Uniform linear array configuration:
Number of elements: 64
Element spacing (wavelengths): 0.25
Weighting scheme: hann
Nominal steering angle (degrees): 60
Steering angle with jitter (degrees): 58.732
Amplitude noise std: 0.05
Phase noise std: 0.05

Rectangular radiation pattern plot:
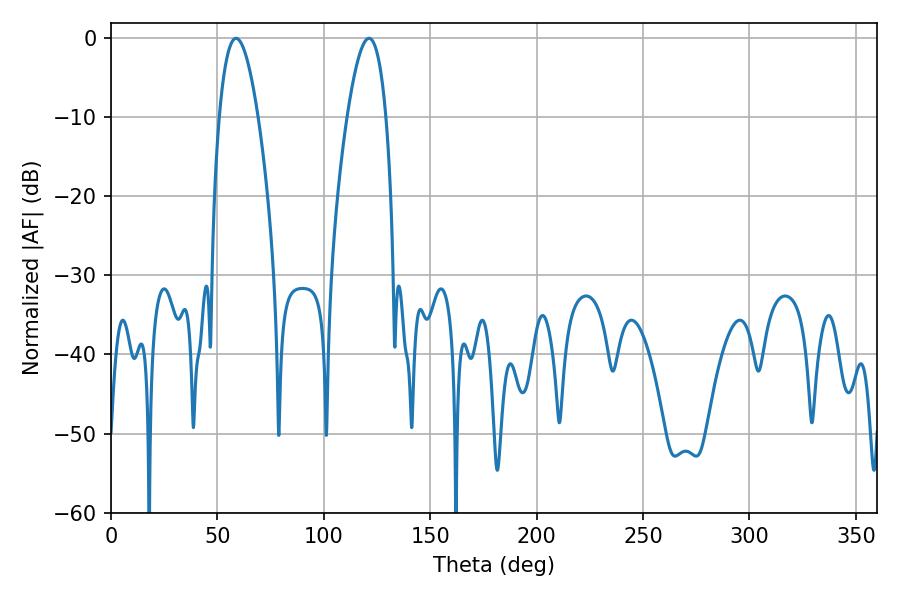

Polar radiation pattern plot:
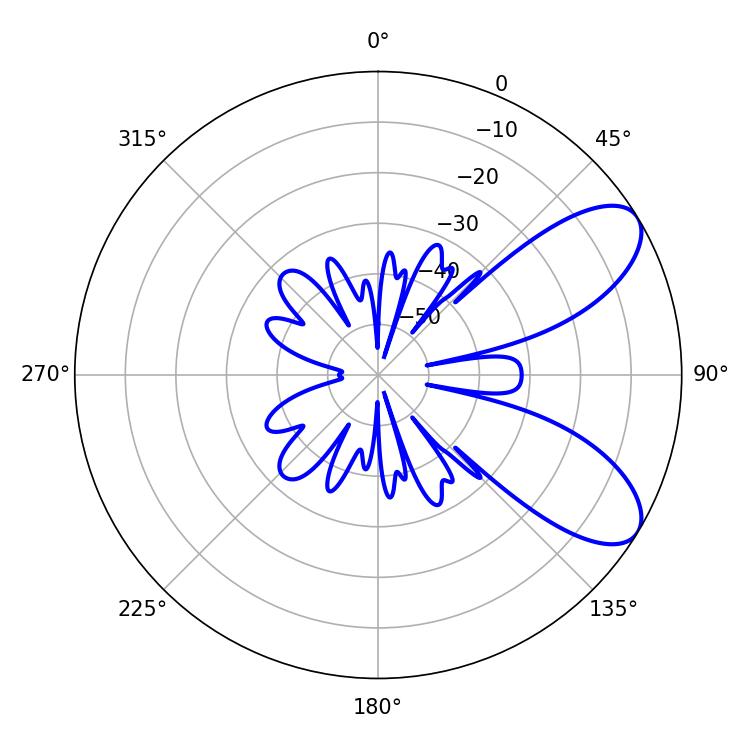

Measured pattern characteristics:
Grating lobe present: FALSE
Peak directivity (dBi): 7.923
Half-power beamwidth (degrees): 9.9
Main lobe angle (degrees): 58.68